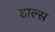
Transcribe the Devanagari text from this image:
डाल्स